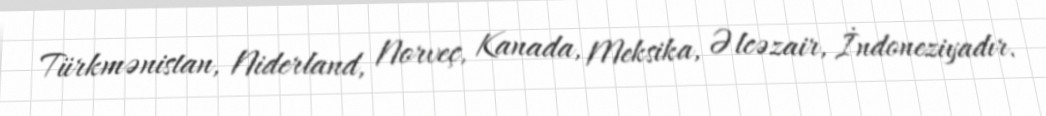
Türkmənistan, Niderland, Norveç, Kanada, Meksika, Əlcəzair, İndoneziyadır.